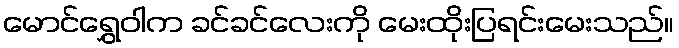
မောင်ရွှေဝါက ခင်ခင်လေးကို မေးထိုးပြရင်းမေးသည်။